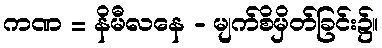
ကဏ = နိမီလနေ - မျက်စိမှိတ်ခြင်း၌။